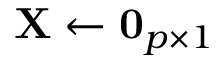
\mathbf { X } \gets \mathbf { 0 } _ { p \times 1 }